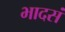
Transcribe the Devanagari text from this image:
भादसं